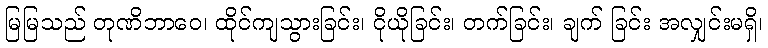
မြမြသည် တုဏိဘာဝေ၊ ထိုင်ကျသွားခြင်း၊ ငိုယိုခြင်း၊ တက်ခြင်း၊ ချက် ခြင်း အလျှင်းမရှိ၊